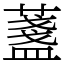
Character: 𦾟